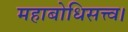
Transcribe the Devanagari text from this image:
महाबोधिसत्त्व।